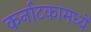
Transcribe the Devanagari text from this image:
कर्नाटकामध्यें